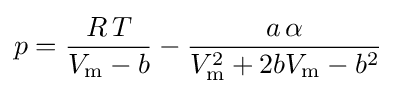
p={\frac {R\,T}{V_{\text{m}}-b}}-{\frac {a\,\alpha }{V_{\text{m}}^{2}+2bV_{\text{m}}-b^{2}}}